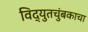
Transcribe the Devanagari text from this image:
विद्युतचुंबकाचा